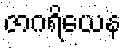
ဇာဂရိယေန